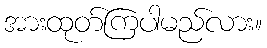
အားထုတ်ကြပါမည်လား။